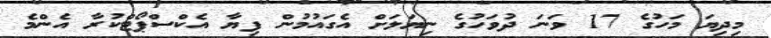
މިދިޔަ މަހުގެ 17 ވަނަ ދުވަހުގެ ނިޔަލަށް އެގައުމުން ފިޔާ އެކްސްޕޯޓްކުރާ އެންމެ